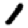
Digit: 1